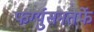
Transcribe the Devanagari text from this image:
फर्ग्युसनतर्फे